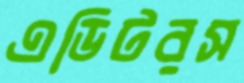
এডিটরস